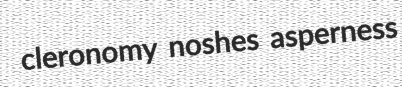
cleronomy noshes asperness